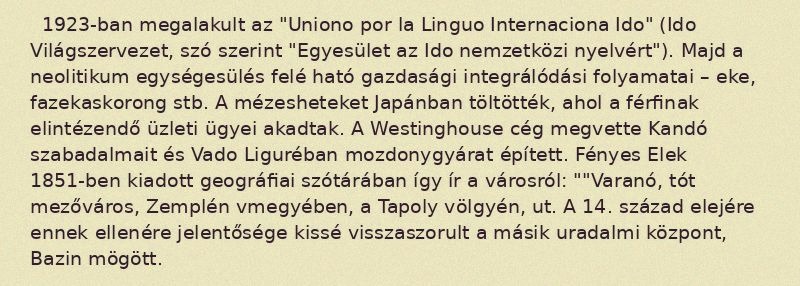
1923-ban megalakult az "Uniono por la Linguo Internaciona Ido" (Ido Világszervezet, szó szerint "Egyesület az Ido nemzetközi nyelvért"). Majd a neolitikum egységesülés felé ható gazdasági integrálódási folyamatai – eke, fazekaskorong stb. A mézesheteket Japánban töltötték, ahol a férfinak elintézendő üzleti ügyei akadtak. A Westinghouse cég megvette Kandó szabadalmait és Vado Liguréban mozdonygyárat épített. Fényes Elek 1851-ben kiadott geográfiai szótárában így ír a városról: ""Varanó, tót mezőváros, Zemplén vmegyében, a Tapoly völgyén, ut. A 14. század elejére ennek ellenére jelentősége kissé visszaszorult a másik uradalmi központ, Bazin mögött.